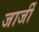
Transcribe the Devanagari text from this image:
जार्जी